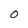
Character: 0